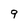
Character: 9